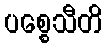
ပစ္စေသီတိ